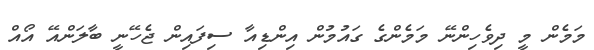
މަމެން މީ ދިވެހިންނޭ މަމެންގެ ގައުމުން އިންޑިއާ ސިފައިން ޖެހޭނީ ބާލަންއޭ އޯއް